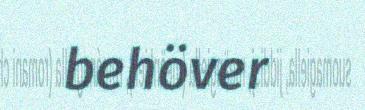
behöver